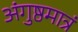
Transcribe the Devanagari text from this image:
अंगुष्ठमात्रं